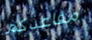
مقاعدكم